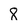
Character: 8